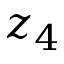
z _ { 4 }